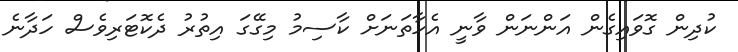
ކުދިން ގޮވައިގެން އަންނަން ވާނީ އެހާތަަނަށް ކާސިމު މިގޭގަ އިތުރު ދެކޮޓަރިވެސް ހަދާނެ